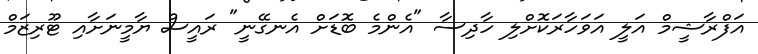
އަފްރާޝީމް އަލީ އަވަހާރަކޮށްލި ހާދިސާ "އެންމެ ބޮޑަށް އެނގޭނީ" ރައީސް ޔާމީނަށާއި ޓޫރިޒަމް